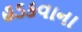
હડકવાના